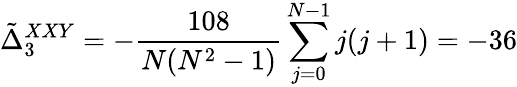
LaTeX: \tilde{\Delta}_{3}^{XXY}=-{\frac{108}{N(N^{2}-1)}}\sum_{j=0}^{N-1}j(j+1)=-36